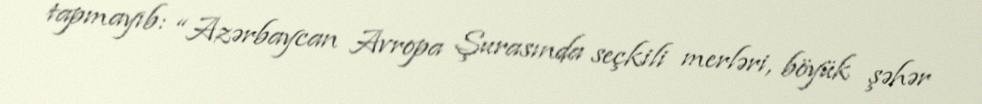
tapmayıb: “Azərbaycan Avropa Şurasında seçkili merləri, böyük şəhər